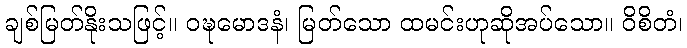
ချစ်မြတ်နိုးသဖြင့်။ ဝဍ္ဎမောဒနံ၊ မြတ်သော ထမင်းဟုဆိုအပ်သော။ ဝိစိတံ၊